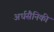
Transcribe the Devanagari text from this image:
अर्धसैनिकी